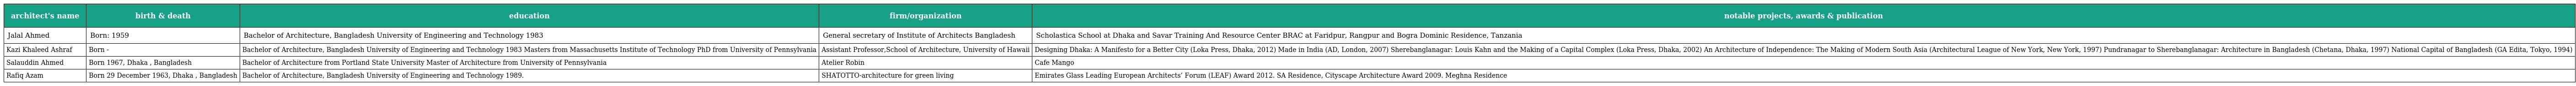
| architect's name | birth & death | education | firm/organization | notable projects, awards & publication |
 | --- | --- | --- | --- | --- |
 | Jalal Ahmed | Born: 1959 | Bachelor of Architecture, Bangladesh University of Engineering and Technology 1983 | General secretary of Institute of Architects Bangladesh | Scholastica School at Dhaka and Savar Training And Resource Center BRAC at Faridpur, Rangpur and Bogra Dominic Residence, Tanzania |
 | Kazi Khaleed Ashraf | Born - | Bachelor of Architecture, Bangladesh University of Engineering and Technology 1983 Masters from Massachusetts Institute of Technology PhD from University of Pennsylvania | Assistant Professor,School of Architecture, University of Hawaii | Designing Dhaka: A Manifesto for a Better City (Loka Press, Dhaka, 2012) Made in India (AD, London, 2007) Sherebanglanagar: Louis Kahn and the Making of a Capital Complex (Loka Press, Dhaka, 2002) An Architecture of Independence: The Making of Modern South Asia (Architectural League of New York, New York, 1997) Pundranagar to Sherebanglanagar: Architecture in Bangladesh (Chetana, Dhaka, 1997) National Capital of Bangladesh (GA Edita, Tokyo, 1994) |
 | Salauddin Ahmed | Born 1967, Dhaka , Bangladesh | Bachelor of Architecture from Portland State University Master of Architecture from University of Pennsylvania | Atelier Robin | Cafe Mango |
 | Rafiq Azam | Born 29 December 1963, Dhaka , Bangladesh | Bachelor of Architecture, Bangladesh University of Engineering and Technology 1989. | SHATOTTO-architecture for green living | Emirates Glass Leading European Architects’ Forum (LEAF) Award 2012. SA Residence, Cityscape Architecture Award 2009. Meghna Residence |